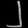
Digit: ၂